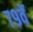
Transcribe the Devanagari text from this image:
७९वें